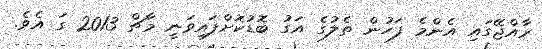
ރާއްޖޭގައި އެންމެ ފަހުން ތެލުގެ އަގު ބޮޑުކޮށްފައިވަނީ މާޗް 2013 ގަ އެވެ.